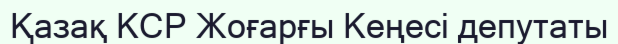
Қазақ КСР Жоғарғы Кеңесі депутаты